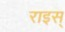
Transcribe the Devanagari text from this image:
राइस्